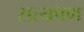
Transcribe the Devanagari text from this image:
सत्यपण